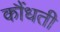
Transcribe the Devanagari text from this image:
कौंधती